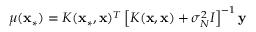
\mu ( { \bf x _ { * } } ) = K ( { \bf x _ { * } } , { \bf x } ) ^ { T } \left[ K ( { \bf x } , { \bf x } ) + \sigma _ { N } ^ { 2 } I \right] ^ { - 1 } \bf y